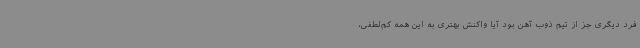
فرد دیگری جز از تیم ذوب آهن بود آیا واکنش بهتری به این همه کم‌لطفی،